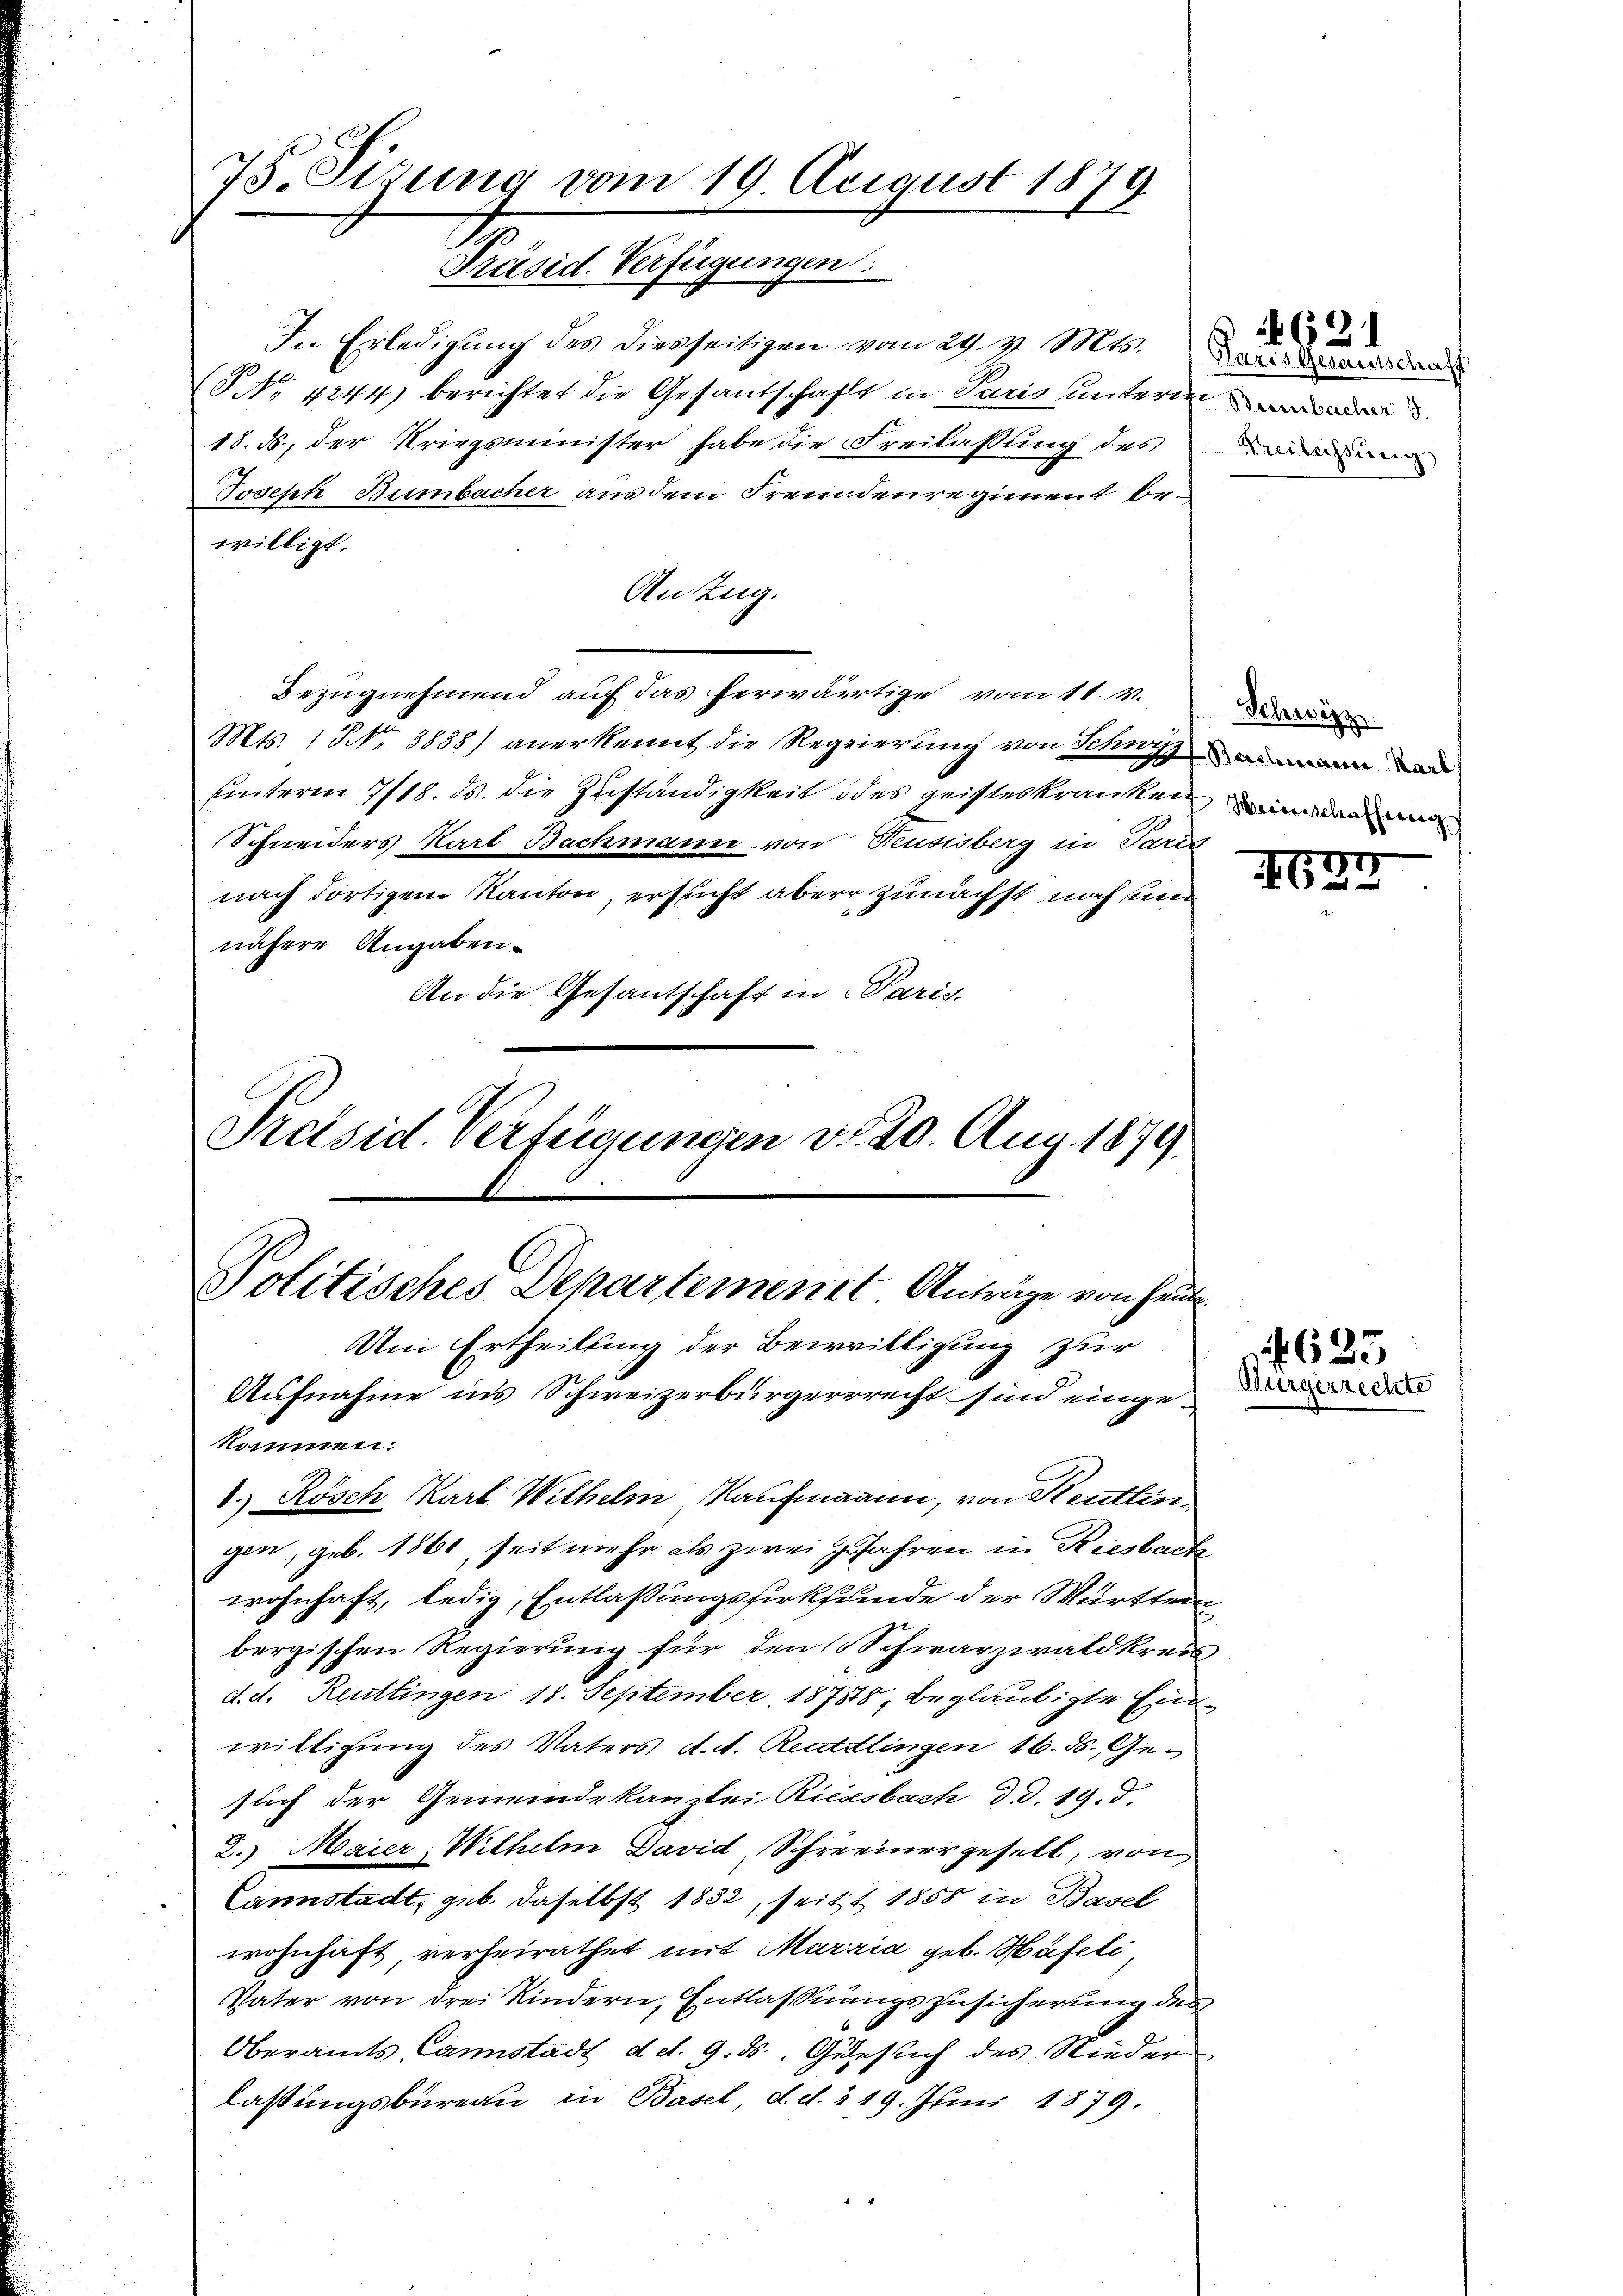
75. Sizung vom 19. August 1879
Präsid. Verfügungen

In Erledigŭng des diesseitigen vom 29. v. Mts.
SS No 1244) berichtet die Gesandschaft in Paris unterm
18. ds., der Kriegsminister habe die Freilassung des
Joseph Bumbacher aus dem Freundenregiment bewilligt.
An Zug.
Bezugnehmend auf das herwärtige vom 11. V.
Mts. 1 NNo. 3838) anerkennt die Regierung von Schnyd
unterm 7/18. ds. die Zuständigkeit des geisteskranken in den mi
Schneiders Karl Bachmann von Neusisberg in Paris
nach dortigem Kanton, ersucht aber zunächst noch un
nähere Angaben.
An die Gesantschaft in Paris,

Preisid. Verfügungen d. 20. Aug. 1879.

Politisches Departement Anträge von heute.
Um Ertheilung der Bewilligung zur
Aufnahme in’s Schweizerbürgerrrecht sind einge¬

Paris Gesandtschaff
Freilassung

kommen.
1.) Rösch Karl Wilhelm Kaufmann, von Reutlingen, geb. 1861, seit mehr als zwei Jahren in Riesbach
wohnhaft, ledig, Entlassungssirkfunde der Württem
bergischen Regierung für den Schwarzwaldkreis
d. d. Reutlingen 18. September 18758, beglaubigte Einwilligung des Vaters d. d. Reutlingen 16. ds. Gesuch der Gemeindekanzlei Riesbach d. d. 19. d.
2. Maier, Wilhelm David Schreinergesell, von
Lannstadt, geb. daselbst 1832, seit 1858 in Basel
wohnhaft, verheirathet mit Maria geb. Häfeli
Vater von drei Kindern, Entlassungszusicherung des
Oberamts-Canstadt d. d. 9. ds. Gesich des Nieder
lassungsbureau in Basel, d. d. 319. Juni 1879.

1637

621

Schwizz

623
Bürgerrechte